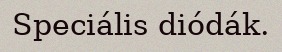
Speciális diódák.